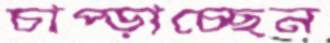
চাপ্‌ড়াচ্ছেন